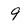
Character: 9